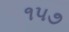
૧૫૭